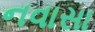
નવાસા